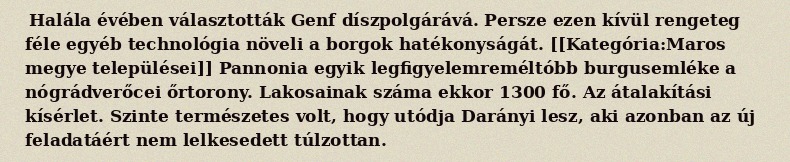
Halála évében választották Genf díszpolgárává. Persze ezen kívül rengeteg féle egyéb technológia növeli a borgok hatékonyságát. [[Kategória:Maros megye települései]] Pannonia egyik legfigyelemreméltóbb burgusemléke a nógrádverőcei őrtorony. Lakosainak száma ekkor 1300 fő. Az átalakítási kísérlet. Szinte természetes volt, hogy utódja Darányi lesz, aki azonban az új feladatáért nem lelkesedett túlzottan.